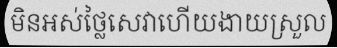
មិនអស់ថ្លៃសេវាហើយងាយស្រួល